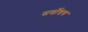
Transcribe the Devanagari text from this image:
सर्वोच्चच